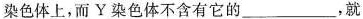
染色体上，而Y染色体不含有它的___，就